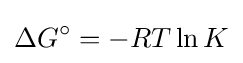
\Delta G^{\circ }=-RT\ln K